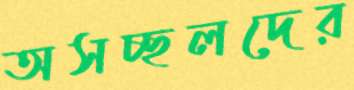
অসচ্ছলদের